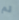
لم